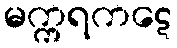
မက္ကရကဋေ